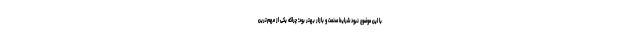
با این موضوع نبود شرایط صنعت و بازار بهتر بود؛ چراکه یکی از مهم‌ترین